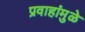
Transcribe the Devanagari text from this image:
प्रवाहांमुळे